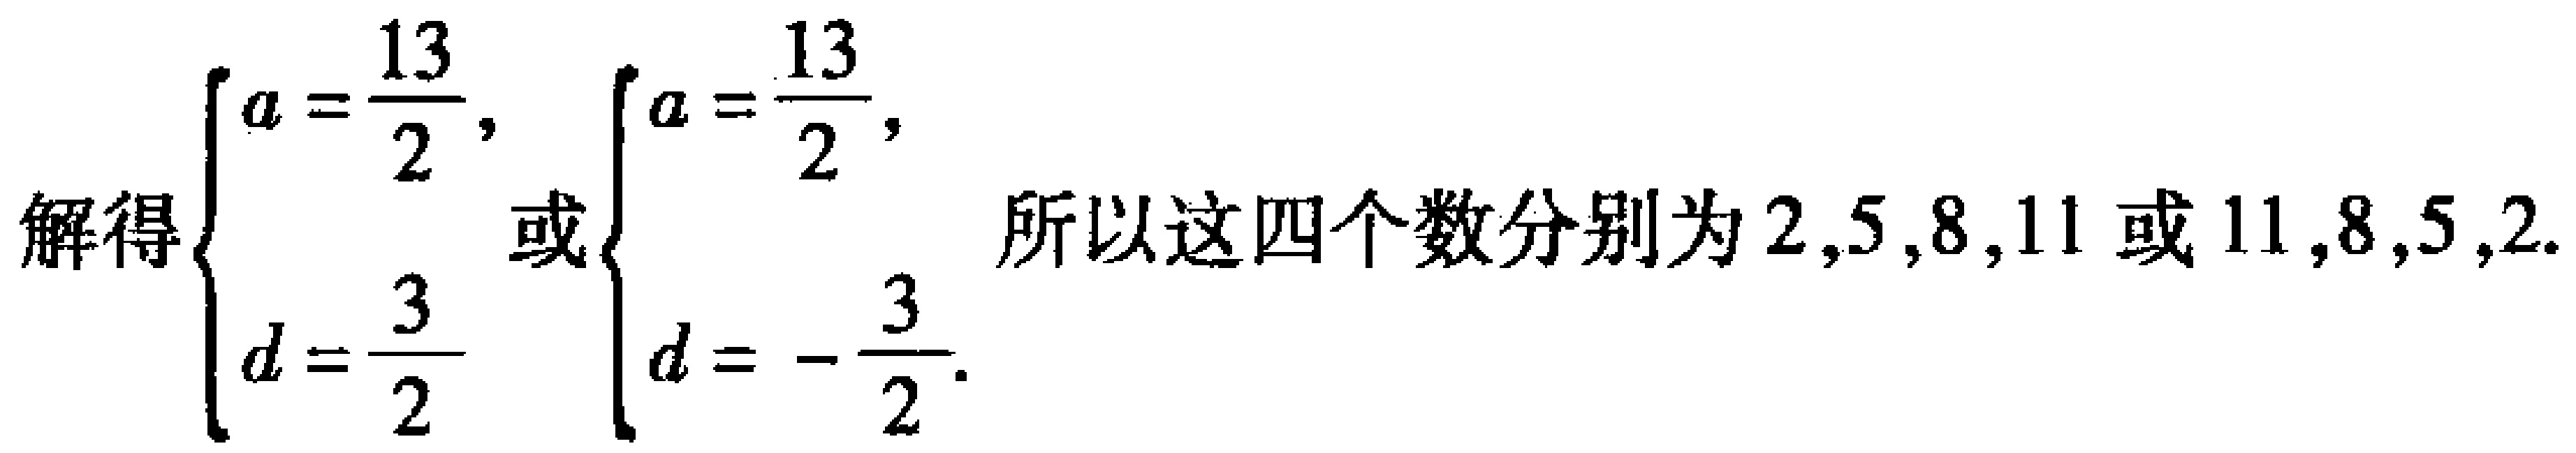
解得$\begin{cases}a = \dfrac{13}{2},\\d = \dfrac{3}{2}\end{cases}$或$\begin{cases}a = \dfrac{13}{2},\\d = -\dfrac{3}{2}\end{cases}$. 所以这四个数分别为$2,5,8,11$或$11,8,5,2$.